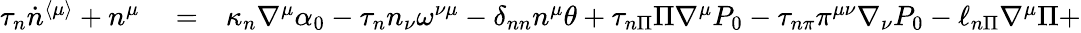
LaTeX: \begin{array}{rlr}{\tau_{n}\dot{n}^{\langle\mu\rangle}+n^{\mu}}&{{}=}&{\kappa_{n}\nabla^{\mu}\alpha_{0}-\tau_{n}n_{\nu}\omega^{\nu\mu}-\delta_{nn}n^{\mu}\theta+\tau_{n\Pi}\Pi\nabla^{\mu}P_{0}-\tau_{n\pi}\pi^{\mu\nu}\nabla_{\nu}P_{0}-\ell_{n\Pi}\nabla^{\mu}\Pi+}\end{array}